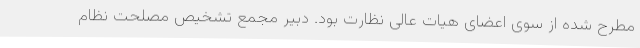
مطرح شده از سوی اعضای هیات عالی نظارت بود. دبیر مجمع تشخیص مصلحت نظام